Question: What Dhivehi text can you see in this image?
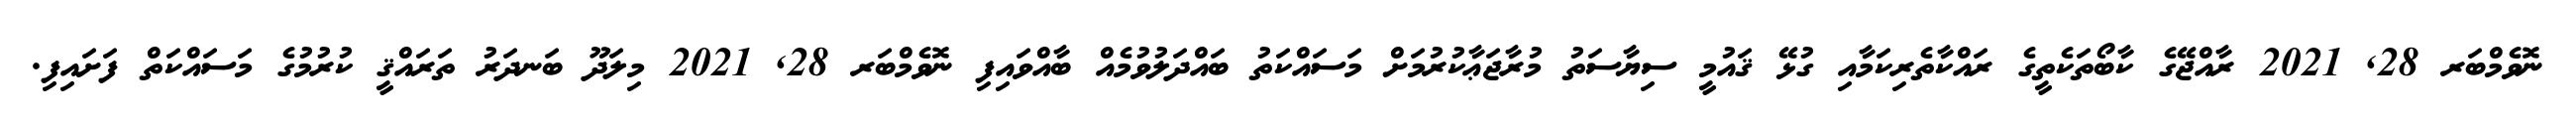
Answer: ނޮވެމްބަރ 28, 2021 ރާއްޖޭގެ ކާބޯތަކެތީގެ ރައްކާތެރިކަމާއި ގުޅޭ ޤައުމީ ސިޔާސަތު މުރާޖަޢާކުރުމަށް މަސައްކަތު ބައްދަލުވުމެއް ބާއްވައިފި ނޮވެމްބަރ 28, 2021 މިލަދޫ ބަނދަރު ތަރައްޤީ ކުރުމުގެ މަސައްކަތް ފަށައިފި.